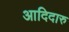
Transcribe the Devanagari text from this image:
आदिदारु